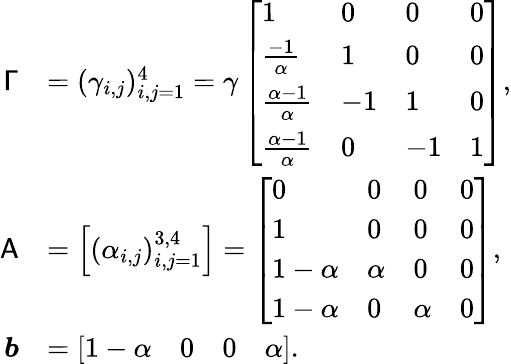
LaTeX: \begin{array}{rl}{\mathsf{\Gamma}}&{=(\gamma_{i,j})_{i,j=1}^{4}=\gamma\left[\begin{array}{llll}{1}&{0}&{0}&{0}\\ {\frac{-1}{\alpha}}&{1}&{0}&{0}\\ {\frac{\alpha-1}{\alpha}}&{-1}&{1}&{0}\\ {\frac{\alpha-1}{\alpha}}&{0}&{-1}&{1}\end{array}\right],}\\ {\mathsf{A}}&{=\left[\begin{array}{l}{(\alpha_{i,j})_{i,j=1}^{3,4}}\end{array}\right]=\left[\begin{array}{llll}{0}&{0}&{0}&{0}\\ {1}&{0}&{0}&{0}\\ {1-\alpha}&{\alpha}&{0}&{0}\\ {1-\alpha}&{0}&{\alpha}&{0}\end{array}\right],}\\ {\boldsymbol{b}}&{=\left[\begin{array}{llll}{1-\alpha}&{0}&{0}&{\alpha}\end{array}\right].}\end{array}